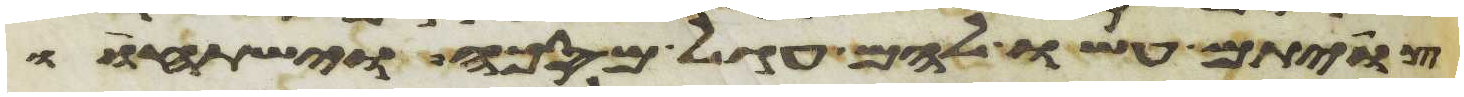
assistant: צויתם עשו להם עגל מסכה וישתחוו